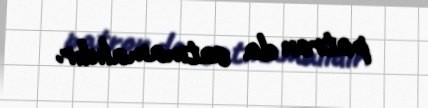
patron da satmamalıdır.